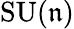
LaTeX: \operatorname{SU}(\mathfrak{n})